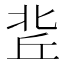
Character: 𠤢